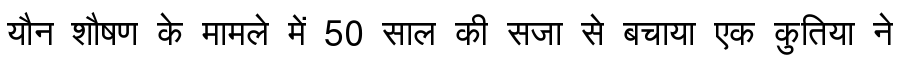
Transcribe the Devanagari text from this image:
यौन शौषण के मामले में 50 साल की सजा से बचाया एक कुतिया ने